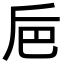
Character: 巵